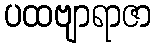
ပထဗျာရာဇာ